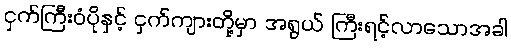
ငှက်ကြီးဝံပိုနှင့် ငှက်ကျားတို့မှာ အရွယ် ကြီးရင့်လာသောအခါ